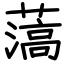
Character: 薃